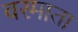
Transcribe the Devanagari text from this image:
वरमाता